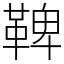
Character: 鞞